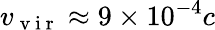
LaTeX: v_{\mathrm{~v~i~r~}}\approx 9\times 10^{-4}c